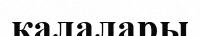
қалалары